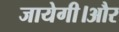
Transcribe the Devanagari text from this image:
जायेगी।और